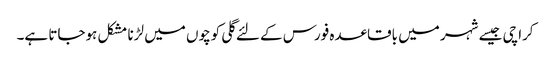
کراچی جیسے شہر میں باقاعدہ فورس کے لئے گلی کوچوں میں لڑنا مشکل ہوجاتا ہے۔